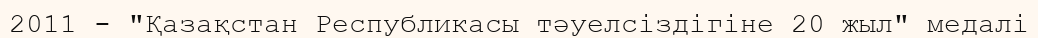
2011 - "Қазақстан Республикасы тәуелсіздігіне 20 жыл" медалі